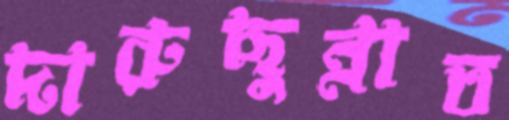
দারুছুন্নাত